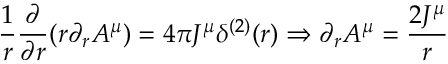
\frac { 1 } { r } \frac { \partial } { \partial r } ( r \partial _ { r } A ^ { \mu } ) = 4 \pi J ^ { \mu } \delta ^ { ( 2 ) } ( r ) \Rightarrow \partial _ { r } A ^ { \mu } = \frac { 2 J ^ { \mu } } { r }